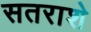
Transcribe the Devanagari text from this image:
सतराशे